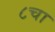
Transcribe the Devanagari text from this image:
८चा